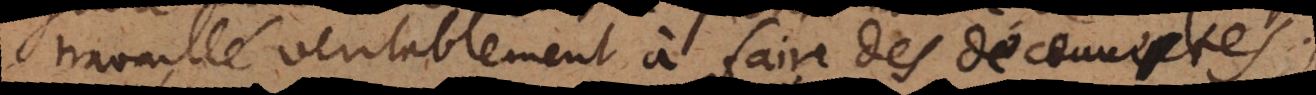
travaillé veritablement à faire des découv